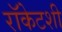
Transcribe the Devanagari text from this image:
रॉकेटशी